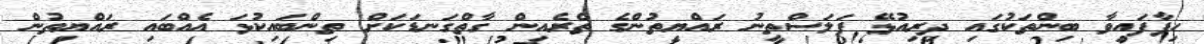
ހިފާފައިވާ ބިންތަކުގައި ދިރިއުޅޭ ފަލަސްތީނު ރައްޔިތުންގެ ތެރެއިން ގާތްގަނޑަކަށް ތިންބައިކުޅަ އެއްބައި ރައްޔިތުން